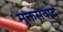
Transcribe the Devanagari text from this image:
मुक्तसंवाद